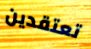
تعتقدين